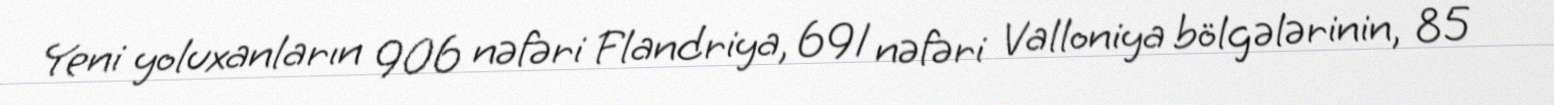
Yeni yoluxanların 906 nəfəri Flandriya, 691 nəfəri Valloniya bölgələrinin, 85